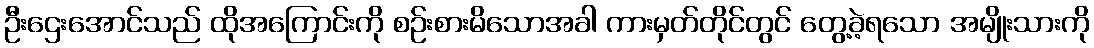
ဦးဌေးအောင်သည် ထိုအကြောင်းကို စဉ်းစားမိသောအခါ ကားမှတ်တိုင်တွင် တွေ့ခဲ့ရသော အမျိုးသားကို